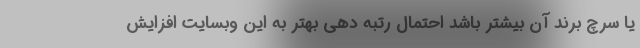
یا سرچ برند آن بیشتر باشد احتمال رتبه دهی بهتر به این وبسایت افزایش